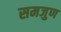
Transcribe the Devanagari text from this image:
समजुण